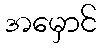
အမှောင်